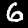
Label: 6